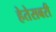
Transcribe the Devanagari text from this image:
हेतेसबरी